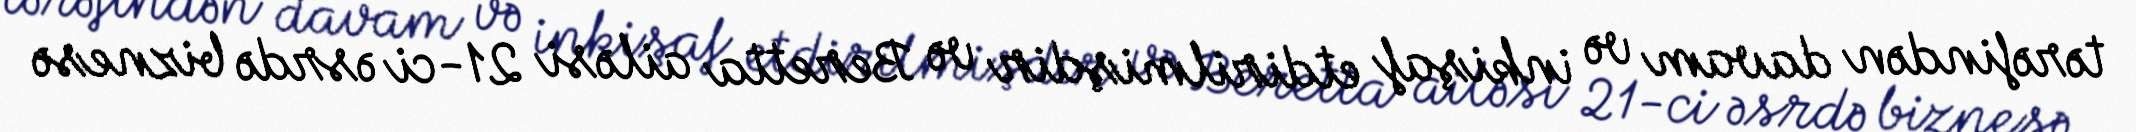
tərəfindən davam və inkişaf etdirilmişdir və Beretta ailəsi 21-ci əsrdə biznesə